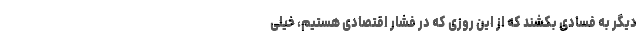
دیگر به فسادی بکشند که از این روزی که در فشار اقتصادی هستیم، خیلی